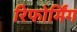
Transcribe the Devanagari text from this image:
रिफोर्मिंग